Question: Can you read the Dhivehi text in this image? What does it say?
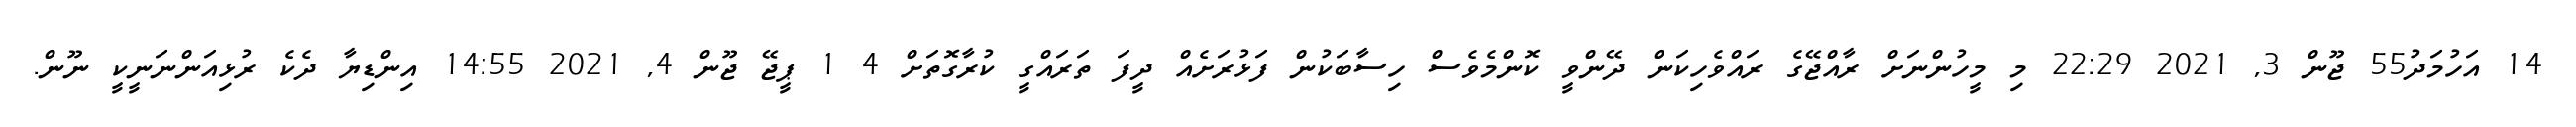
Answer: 14 އަހުމަދު55 ޖޫން 3, 2021 22:29 މި މީހުންނަށް ރާއްޖޭގެ ރައްވެހިކަން ދޭންވީ ކޮންމެވެސް ހިސާބަކުން ފަޅުރަށެއް ދީފަ ތަރައްގީ ކުރާގޮތަށް 4 1 ޕީޖޭ ޖޫން 4, 2021 14:55 އިންޑިޔާ ދެކެ ރުޅިއަންނަނީކީ ނޫން.